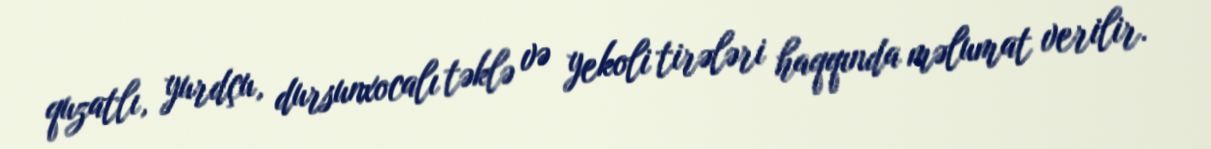
quzatlı, yurdçu, dursunxocalı təklə və yekoli tirələri haqqında məlumat verilir.